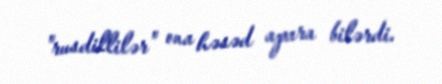
"rusdillilər" ona həsəd apara bilərdi.